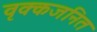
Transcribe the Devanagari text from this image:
वृक्कजनित